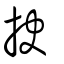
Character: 抉